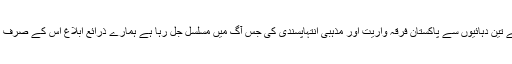
یہ بات بہت افسوسناک ہے کہ گذشتہ ساڑھے تین دہائیوں سے پاکستان فرقہ واریت اور مذہبی انتہاپسندی کی جس آگ میں مسلسل جل رہا ہے ہمارے ذرائع ابلاغ اس کے صرف ایک پہلو کے بارے میں ہی بات کرتے ہیں۔